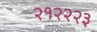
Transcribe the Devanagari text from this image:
२१२२२३